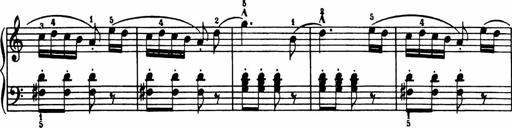
Title: Analytical Sonatinas
Composer: Frank Lynes